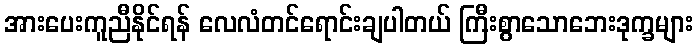
အားပေးကူညီနိုင်ရန် လေလံတင်ရောင်းချပါတယ် ကြီးစွာသောဘေးဒုက္ခများ